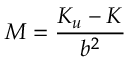
M = \frac { K _ { u } - K } { b ^ { 2 } }